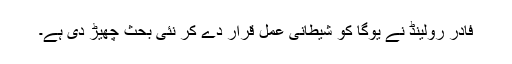
فادر رولینڈ نے یوگا کو شیطانی عمل قرار دے کر نئی بحث چھیڑ دی ہے۔